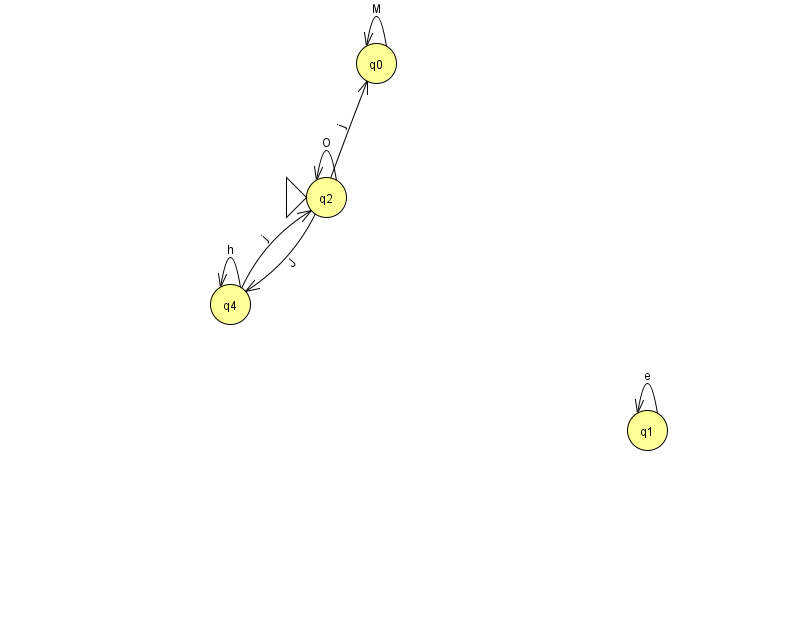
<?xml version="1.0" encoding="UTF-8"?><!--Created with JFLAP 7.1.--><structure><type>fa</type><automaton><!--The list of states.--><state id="0" name="q0"><x>376.0</x><y>50.0</y></state><state id="1" name="q1"><x>647.0</x><y>417.0</y></state><state id="2" name="q2"><x>326.0</x><y>184.0</y><initial/></state><state id="4" name="q4"><x>230.0</x><y>291.0</y></state><!--The list of transitions.--><transition><from>2</from><to>4</to><read>J</read></transition><transition><from>4</from><to>2</to><read>j</read></transition><transition><from>1</from><to>1</to><read>e</read></transition><transition><from>4</from><to>4</to><read>h</read></transition><transition><from>0</from><to>0</to><read>M</read></transition><transition><from>2</from><to>0</to><read>j</read></transition><transition><from>2</from><to>2</to><read>O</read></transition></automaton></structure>